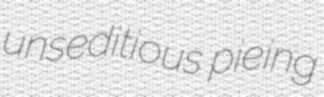
unseditious pieing